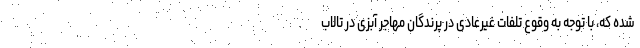
شده که، با توجه به وقوع تلفات غیرعادی در پرندگان مهاجر آبزی در تالاب